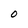
Character: 0